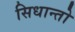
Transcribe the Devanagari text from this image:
सिधान्तो